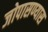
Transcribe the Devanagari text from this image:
जोपासण्यास